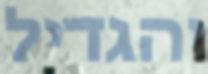
והגדיל